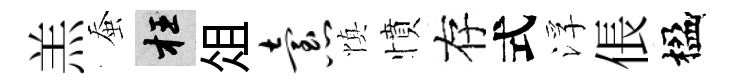
羔蚕枉俎怠慎憤存式浮倀楹